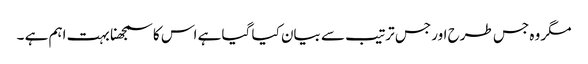
مگر وہ جس طرح اور جس ترتیب سے بیان کیا گیا ہے اس کا سمجھنا بہت اہم ہے ۔